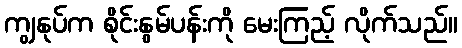
ကျွနုပ်က စိုင်းနွမ်ပန်းကို မေးကြည့် လိုက်သည်။